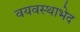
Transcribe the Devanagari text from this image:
वयवस्थाभेद